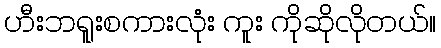
ဟီးဘရူးစကားလုံး ကူး ကိုဆိုလိုတယ်။